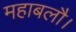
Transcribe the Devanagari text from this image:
महाबलौ।